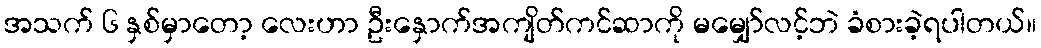
အသက် ၆ နှစ်မှာတော့ လေးဟာ ဦးနှောက်အကျိတ်ကင်ဆာကို မမျှော်လင့်ဘဲ ခံစားခဲ့ရပါတယ်။